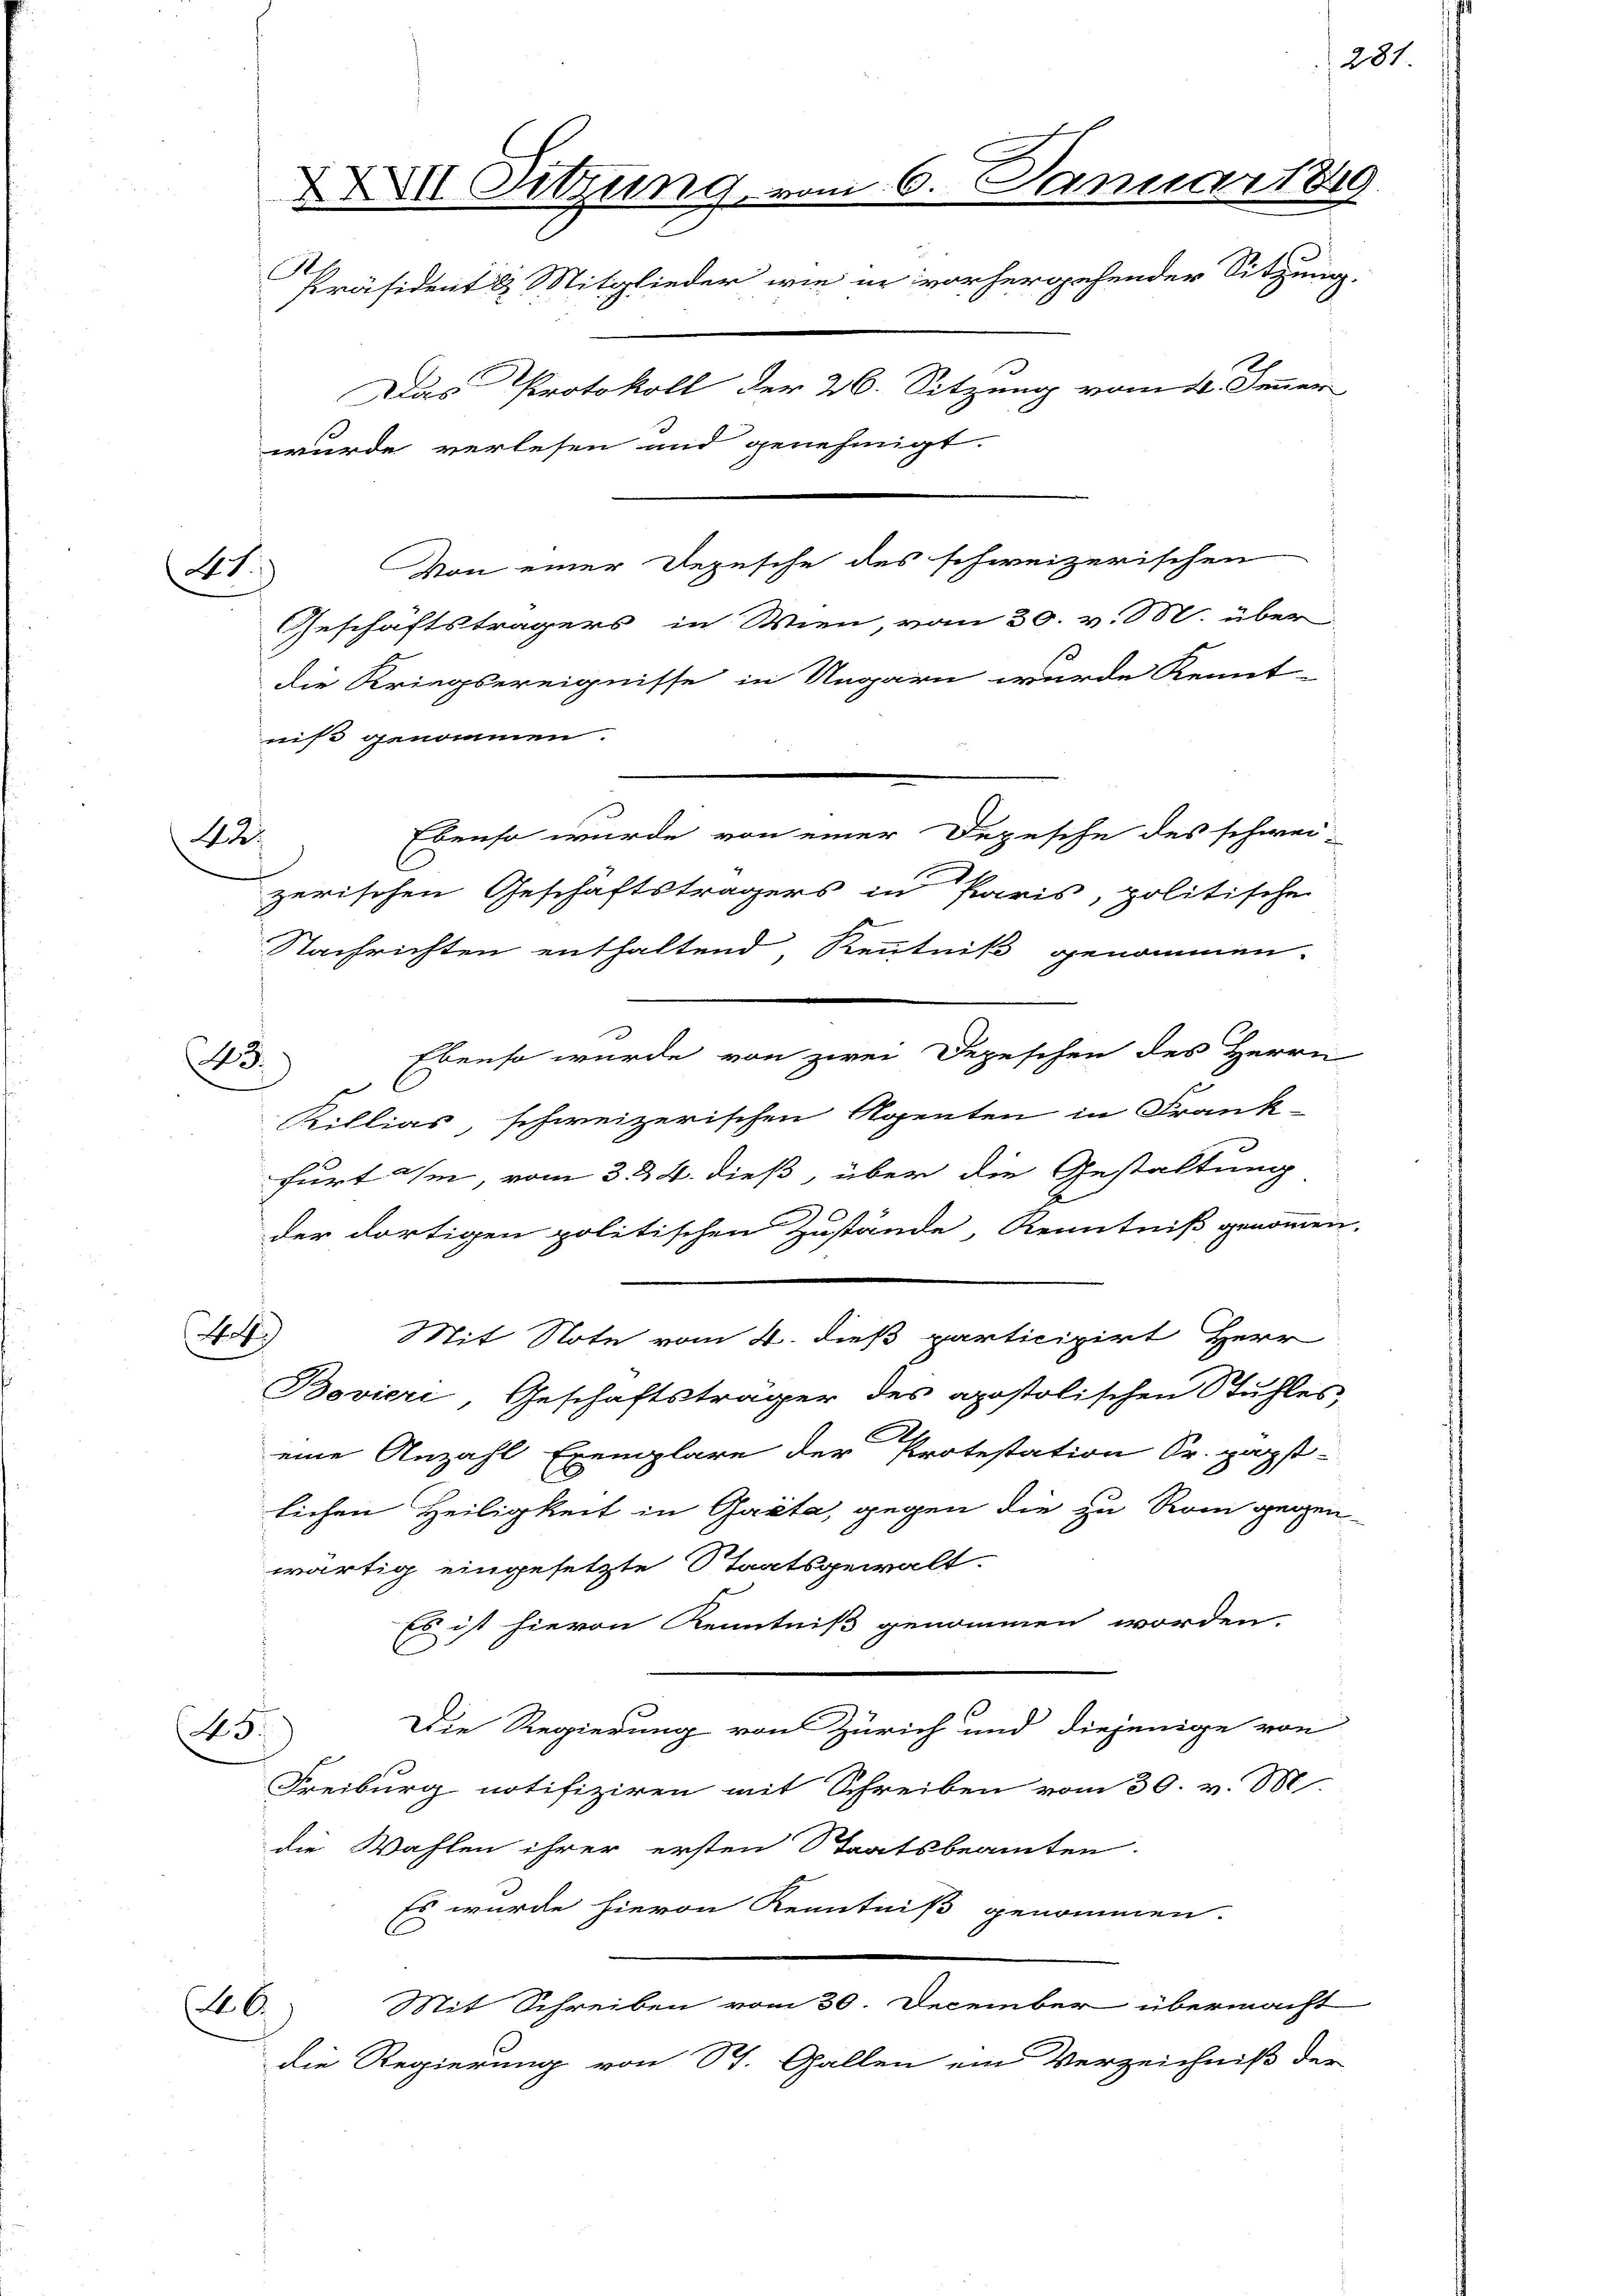
At

43.

Von einer Depesche des schweizerischen
Geschäftsträgers in Wien, vom 30. v. M. über
die Kriegsereignisse in Ungarn wurde Kennt-
niß genommen.
Ebenso wurde von einer Depesche des schwei
42.
.
zerischen Geschäftsträgers in Paris, politische
Nachrichten enthaltend, Kenntniß genommen.
Ebenso wurde von zwei Depeschen des Herrn
Rillias, schweizerischen Rosenten in Frank-
furt ihm, vom 3. & 4. dieß, über die Gestaltung
der dortigen politischen Zustände, Kenntniß genommen
Mit Note vom 4. dieß participirt Herr
(Not
Bovieri, Geschäftsträger des apostolischen Stuhles,
eine Anzahl Exemplare der Protestation Sr. Hagst
lichen Heiligkeit in Pacta, gegen die zu Rom gegen
wärtig eingesetzte Staatsgewalt.
Es ist hievon Kenntniß genommen worden.
Die Regierung von Zürich und diejenige von
(No. 5.
Freiburg notifiziren mit Schreiben vom 30. v. 88.
die Wahlen ihrer ersten Staatsbeamten.
Es wurde hievon Kenntniß genommen.
Mit Schreiben vom 30. December übermacht
6)
die Regierung von St. Gallen ein Verzeichniß der

Sitzung vom 6. Januart
A
Präsident & Mitglieder wie in vorhergehender Sitzung.
Das Protokoll der 26. Sitzung vom 21. Sinner
wurde verlesen und genehmigt.

281.

i

2

19